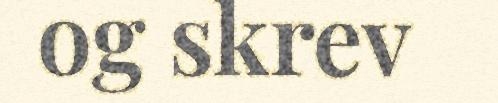
og skrev